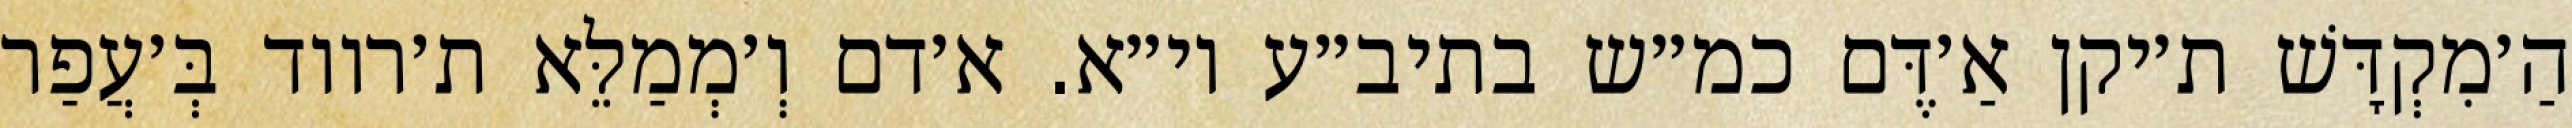
הַ׳מִקְדָּשׁ ת׳יקן אַ׳דֶּם כמ״ש בתיב״ע וי״א. א׳דם וְ׳מְמַלֵּא ת׳רווד בְּ׳עֲפַר